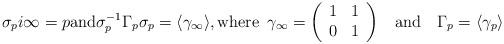
LaTeX: \begin{align*}\sigma_{p}i\infty = p \mathrm{and} \sigma_{p}^{-1}\Gamma_{p}\sigma_{p} = \langle\gamma_{\infty}\rangle,\mathrm{where}\,\,\, \gamma_{\infty}=\left(\begin{array}{ccc} 1 & 1\\ 0 & 1 \end{array}\right)\quad&\mathrm{and}\quad\Gamma_{p}=\langle\gamma_{p}\rangle\end{align*}